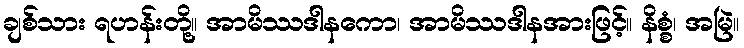
ချစ်သား ရဟန်းတို့။ အာမိဿဒါနကော၊ အာမိဿဒါနအားဖြင့်။ နိစ္စံ၊ အမြဲ။